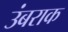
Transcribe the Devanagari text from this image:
उंबराक